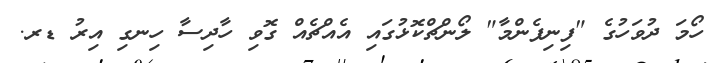
ހޯމަ ދުވަހުގެ "ފިނިފެންމާ" ލޯންޗްކޮޅުގައި އެއްޗެއް ގޮވި ހާދިސާ ހިނގި އިރު ޑރ.